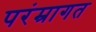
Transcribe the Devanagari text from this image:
परंम्रागत